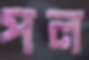
পল